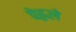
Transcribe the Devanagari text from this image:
पेह्लले